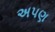
અપણ